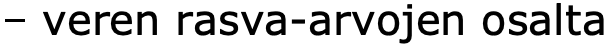
– veren rasva-arvojen osalta